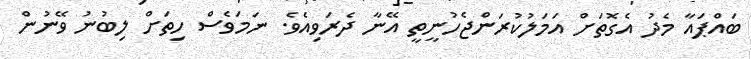
ބައްޕައާ މެދު އެގޮތަށް އަމަލުކުރަންޖެހުނީތީ އޭނާ ދެރަވިއެވެ. ނަމަވެސް ހިތަށް ލިބުނު ވޭނުން